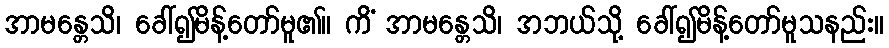
အာမန္တေသိ၊ ခေါ်၍မိန့်တော်မူ၏။ ကိံ အာမန္တေသိ၊ အဘယ်သို့ ခေါ်၍မိန့်တော်မူသနည်း။